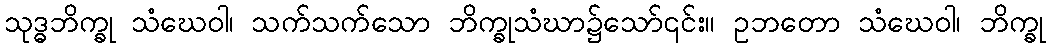
သုဒ္ဓဘိက္ခု သံဃေဝါ၊ သက်သက်သော ဘိက္ခုသံဃာ၌သော်၎င်း။ ဥဘတော သံဃေဝါ၊ ဘိက္ခု